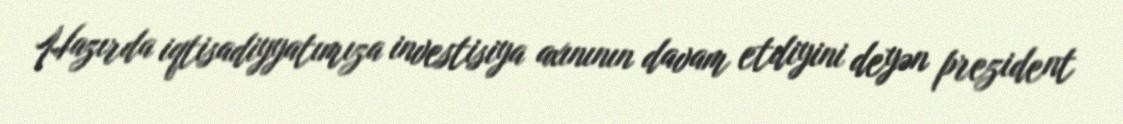
Hazırda iqtisadiyyatımıza investisiya axınının davam etdiyini deyən prezident